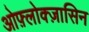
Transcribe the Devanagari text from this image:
ओफ़्लोक्ज़ासिन